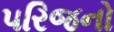
૫રિજનો